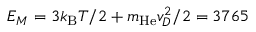
E _ { M } = 3 k _ { \mathrm { B } } T / 2 + m _ { \mathrm { H e } } v _ { D } ^ { 2 } / 2 = 3 7 6 5